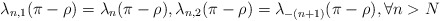
\begin{align*}\lambda_{n,1}(\pi-\rho)=\lambda_{n}(\pi-\rho),\lambda_{n,2}(\pi-\rho)=\lambda_{-(n+1)}(\pi-\rho),\forall n>N\end{align*}